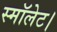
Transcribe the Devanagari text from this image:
स्मॉलेट।